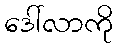
ဒေါ်လာကို